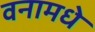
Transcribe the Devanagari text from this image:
वनामधे